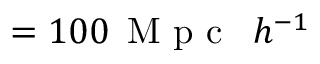
= 1 0 0 \, \textrm { M p c \, } h ^ { - 1 }